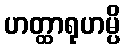
ဟတ္ထာရုဟမ္ပိ